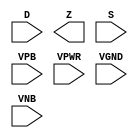
module sky130_fd_sc_hdll__muxb4to1 (
    //# {{data|Data Signals}}
    input  [3:0] D   ,
    output       Z   ,

    //# {{control|Control Signals}}
    input  [3:0] S   ,

    //# {{power|Power}}
    input        VPB ,
    input        VPWR,
    input        VGND,
    input        VNB
);
endmodule